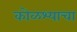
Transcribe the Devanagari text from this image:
कोळश्याचा